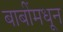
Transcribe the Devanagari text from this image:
बाबींमधून